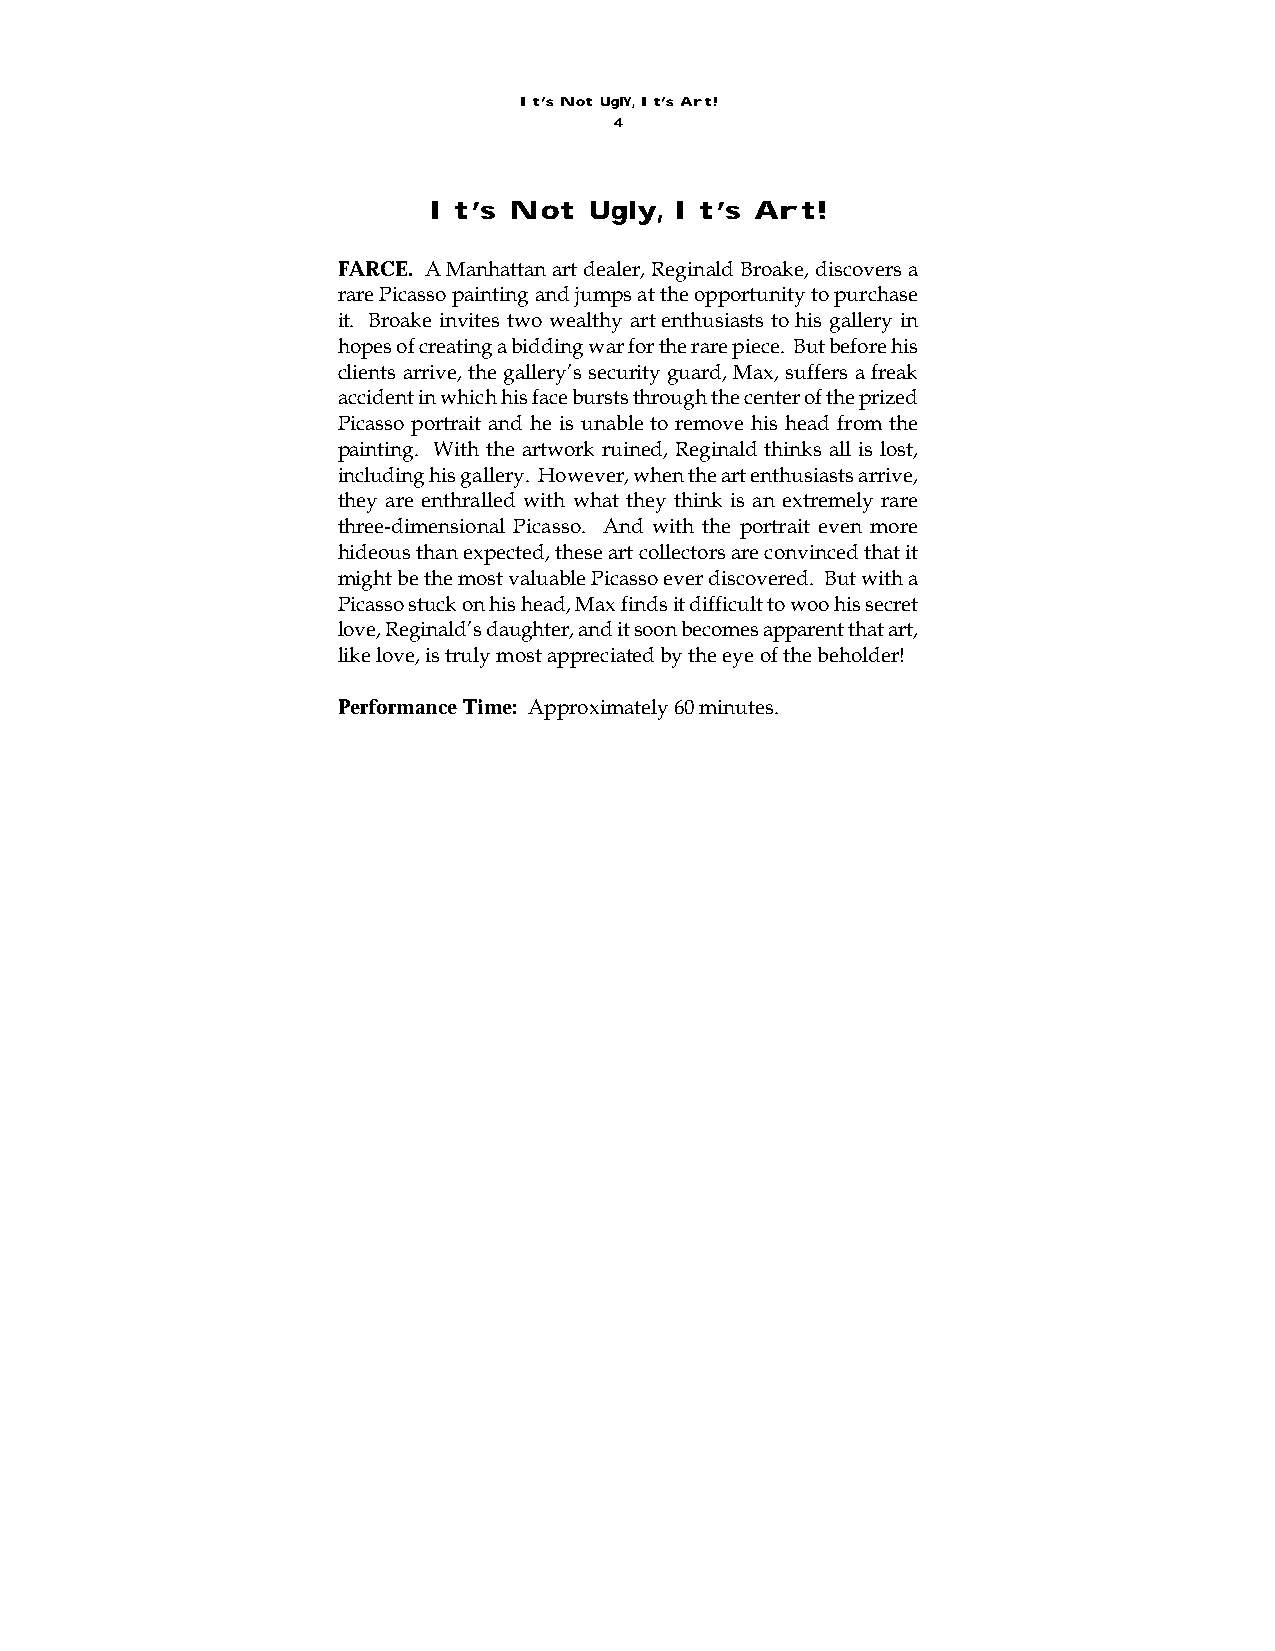
It’s Not UglY, It’s Art!
 4
 It’s  Not  Ugly, It’s Art!
 FARCE. A Manhattan art dealer, Reginald Broake, discovers a
 rare Picasso painting and jumps at the opportunity to purchase
 it. Broake invites two wealthy art enthusiasts to his gallery in
 hopes of creating a bidding war for the rare piece. But before his
 clients arrive, the gallery’s security guard, Max, suffers a freak
 accident in which his face bursts through the center of the prized
 Picasso portrait and he is unable to remove his head from the
 painting. With the artwork ruined, Reginald thinks all is lost,
 including his gallery. However, when the art enthusiasts arrive,
 they are enthralled with what they think is an extremely rare
 three-dimensional Picasso. And with the portrait even more
 hideous than expected, these art collectors are convinced that it
 might be the most valuable Picasso ever discovered. But with a
 Picasso stuck on his head, Max finds it difficult to woo his secret
 love, Reginald’s daughter, and it soon becomes apparent that art,
 like love, is truly most appreciated by the eye of the beholder!
 Performance Time: Approximately 60 minutes.